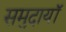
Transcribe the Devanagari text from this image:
समुदायॉ